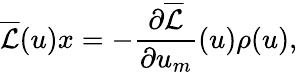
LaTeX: \overline{{\mathcal{L}}}(u)x=-\frac{\partial\overline{{\mathcal{L}}}}{\partial u_{m}}(u)\rho(u),